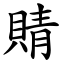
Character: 䝼